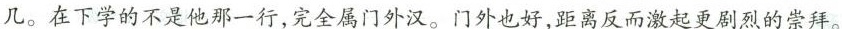
几。在下学的不是他那一行，完全属门外汉。门外也好，距离反而激起更剧烈的崇拜。